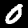
Label: 0